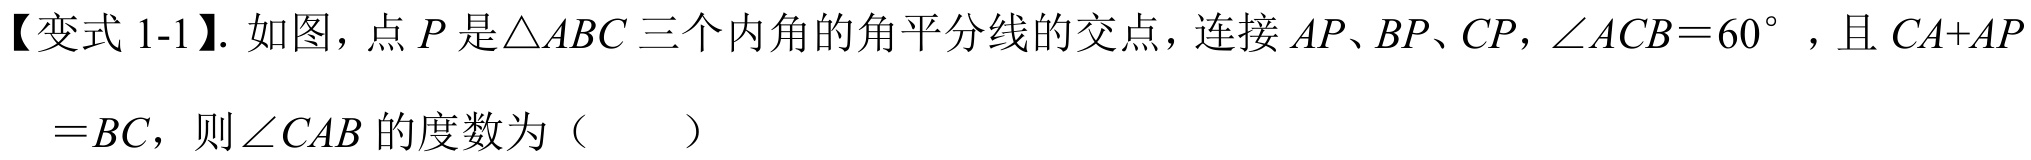
【变式1-1】. 如图，点\(P\)是\(\triangle ABC\)三个内角的角平分线的交点，连接\(AP、BP、CP\)，\(\angle ACB = 60^{\circ}\) ，且\(CA + AP=BC\)，则\(\angle CAB\)的度数为（  ）